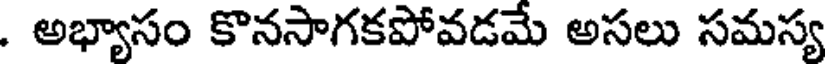
. అభ్యాసం కొనసాగకపోవడమే అసలు సమస్య